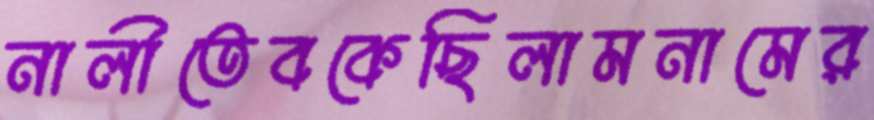
নালীতেবকেছিলামনামের